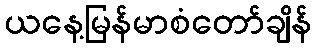
ယနေ့မြန်မာစံတော်ချိန်